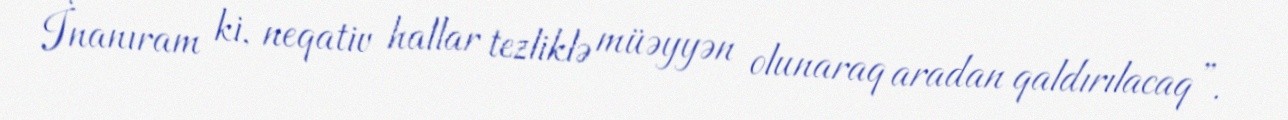
İnanıram ki, neqativ hallar tezliklə müəyyən olunaraq aradan qaldırılacaq”.